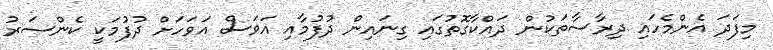
މިފަދަ އެންމެހައި ދިރާސާތަކުން ދައްކާގޮތުގައި ގިނައިން ދުފުމާއި އަވަސް އަވަހަށް ދުފުމަކީ ކެންސަރު